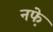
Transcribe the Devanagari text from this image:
नफे़